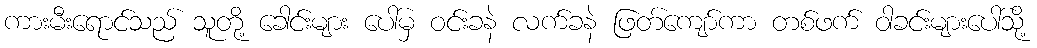
ကားမီးရောင်သည် သူတို့ ခေါင်းများ ပေါ်မှ ဝင်းခနဲ လက်ခနဲ ဖြတ်ကျော်ကာ တစ်ဖက် ဝါခင်းများပေါ်သို့